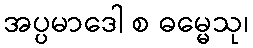
အပ္ပမာဒေါ စ ဓမ္မေသု၊